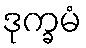
ဒုက္ခမံ